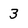
Character: 3